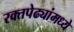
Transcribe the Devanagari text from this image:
रक्तपेढ्यांमध्ये